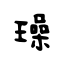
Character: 璪